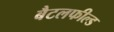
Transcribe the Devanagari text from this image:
बैटलफील्ड